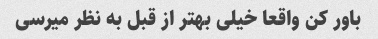
باور کن واقعا خیلی بهتر از قبل به نظر میرسی